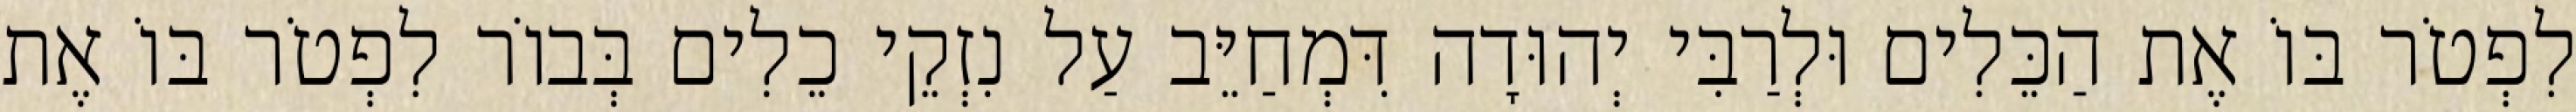
לִפְטֹר בּוֹ אֶת הַכֵּלִים וּלְרַבִּי יְהוּדָה דִּמְחַיֵּב עַל נִזְקֵי כֵלִים בְּבוֹר לִפְטֹר בּוֹ אֶת